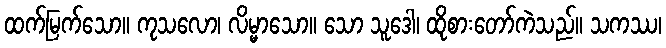
ထက်မြက်သော။ ကုသလော၊ လိမ္မာသော။ သော သူဒေါ၊ ထိုစားတော်ကဲသည်။ သကဿ၊